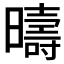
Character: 𣋬